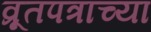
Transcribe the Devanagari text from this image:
व्रूतपत्राच्या